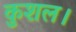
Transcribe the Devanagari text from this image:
कुशल।